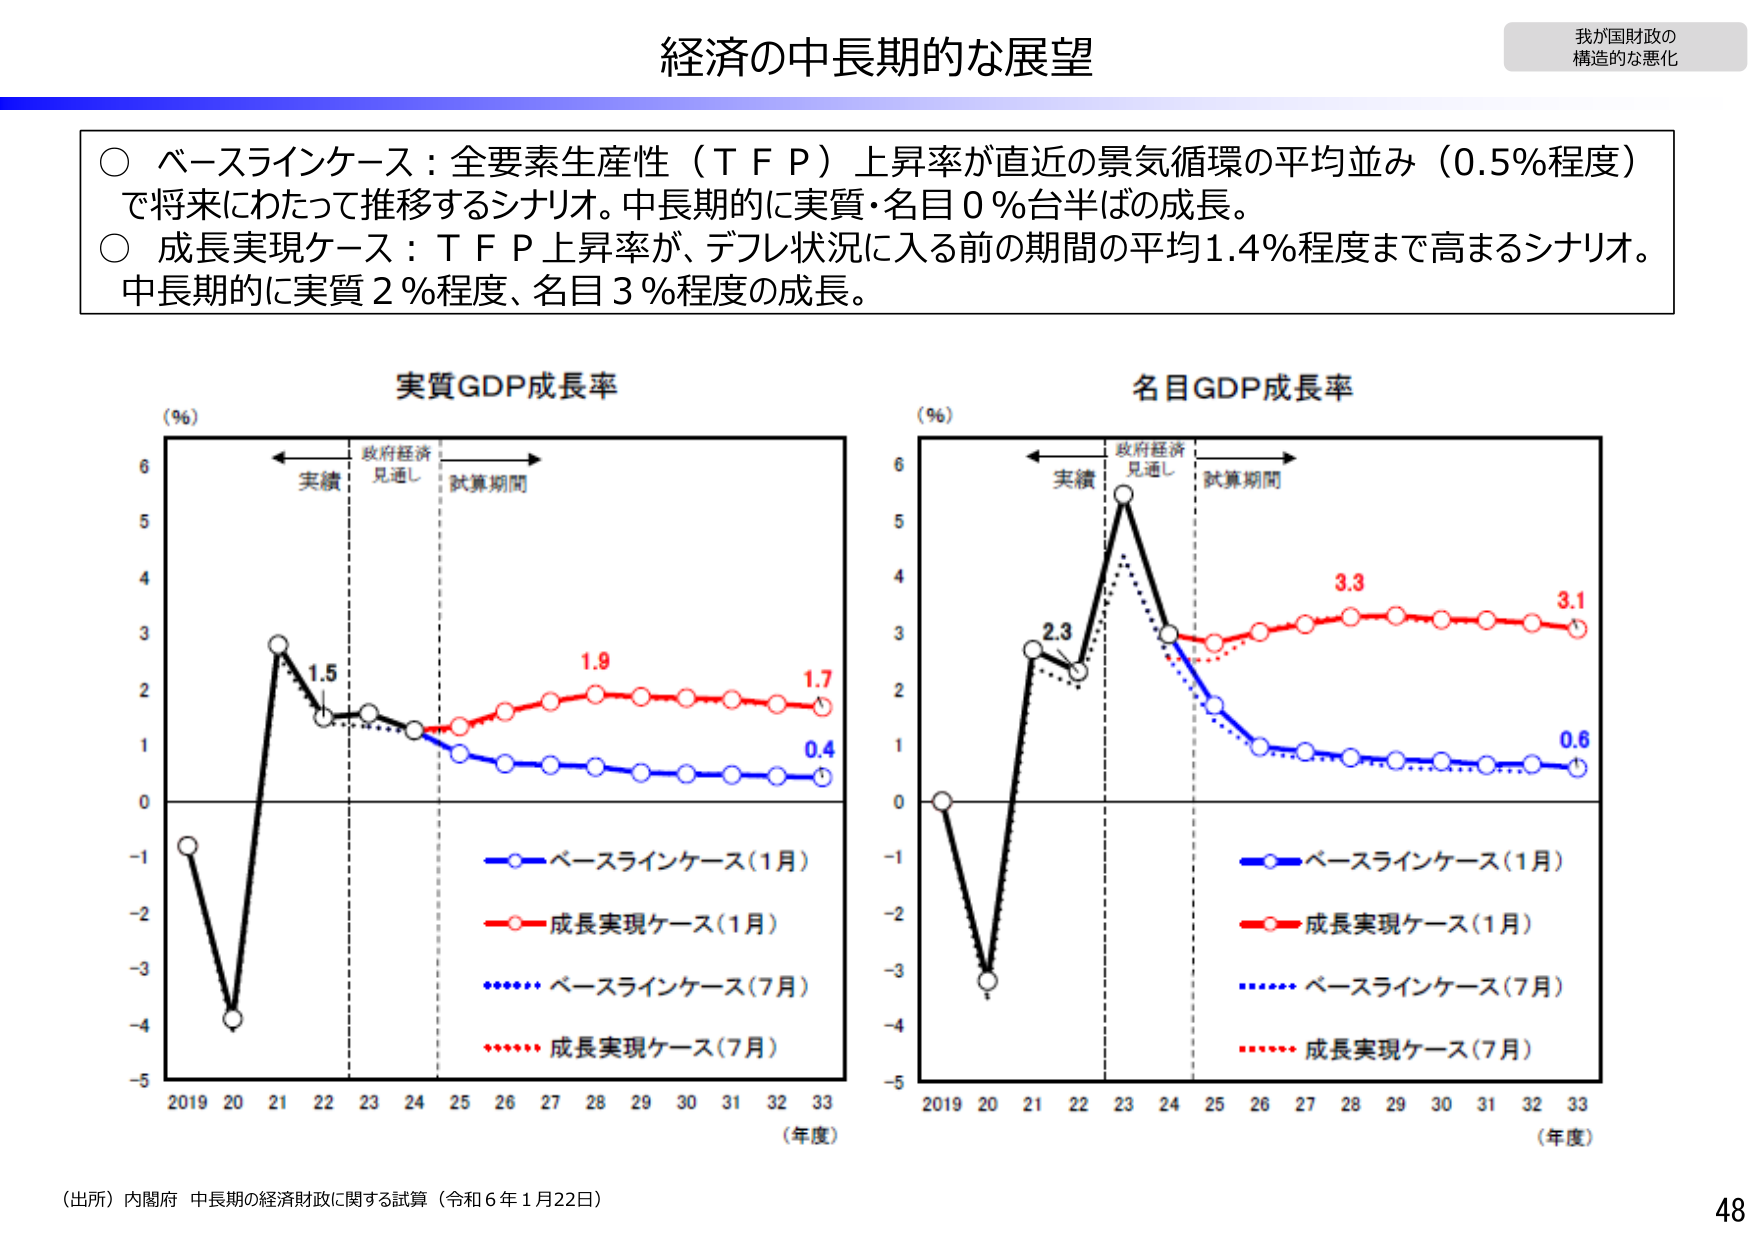
経済の中長期的な展望

我が国財政の
構造的な悪化

○ ベースラインケース：全要素生産性（ＴＦＰ）上昇率が直近の景気循環の平均並み（0.5％程度）で将来にわたって推移するシナリオ。中長期的に実質・名目0％台半ばの成長。
○ 成長実現ケース：ＴＦＰ上昇率が、デフレ状況に入る前の期間の平均1.4％程度まで高まるシナリオ。中長期的に実質2％程度、名目3％程度の成長。

実質GDP成長率
（％）
実績
政府経済
見通し
試算期間
2019 20 21 22 23 24 25 26 27 28 29 30 31 32 33
（年度）
1.5
1.9
1.7
0.4
○ ベースラインケース（1月）
○ 成長実現ケース（1月）
○ ベースラインケース（7月）
○ 成長実現ケース（7月）

名目GDP成長率
（％）
実績
政府経済
見通し
試算期間
2019 20 21 22 23 24 25 26 27 28 29 30 31 32 33
（年度）
2.3
3.3
3.1
0.6
○ ベースラインケース（1月）
○ 成長実現ケース（1月）
○ ベースラインケース（7月）
○ 成長実現ケース（7月）

（出所）内閣府 中長期の経済財政に関する試算（令和6年1月22日）

48